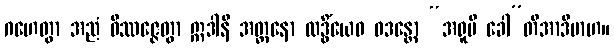
ဂဟေတွာ အညံ ဝိဿဇ္ဇေတွာ ဣဒါနိ အတ္တနော လဒ္ဓိံယေဝ ဝဒန္တော “အရူပီ ခေါ”တိအာဒိမာဟ။